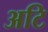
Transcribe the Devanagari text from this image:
अटि